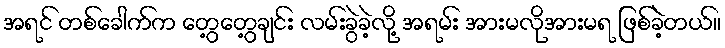
အရင် တစ်ခေါက်က တွေ့တွေ့ချင်း လမ်းခွဲခဲ့လို့ အရမ်း အားမလိုအားမရ ဖြစ်ခဲ့တယ်။